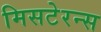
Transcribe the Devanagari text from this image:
मिसटेरन्स